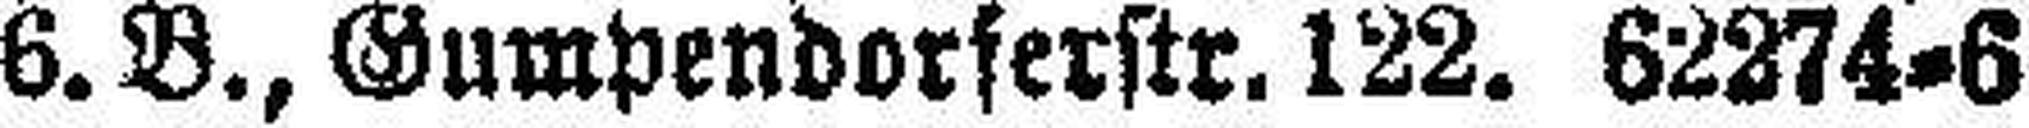
6. B., Gumpendorferstr. 122. 62274=6